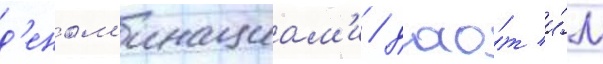
д'еном'инациам'и / дао́т и́м